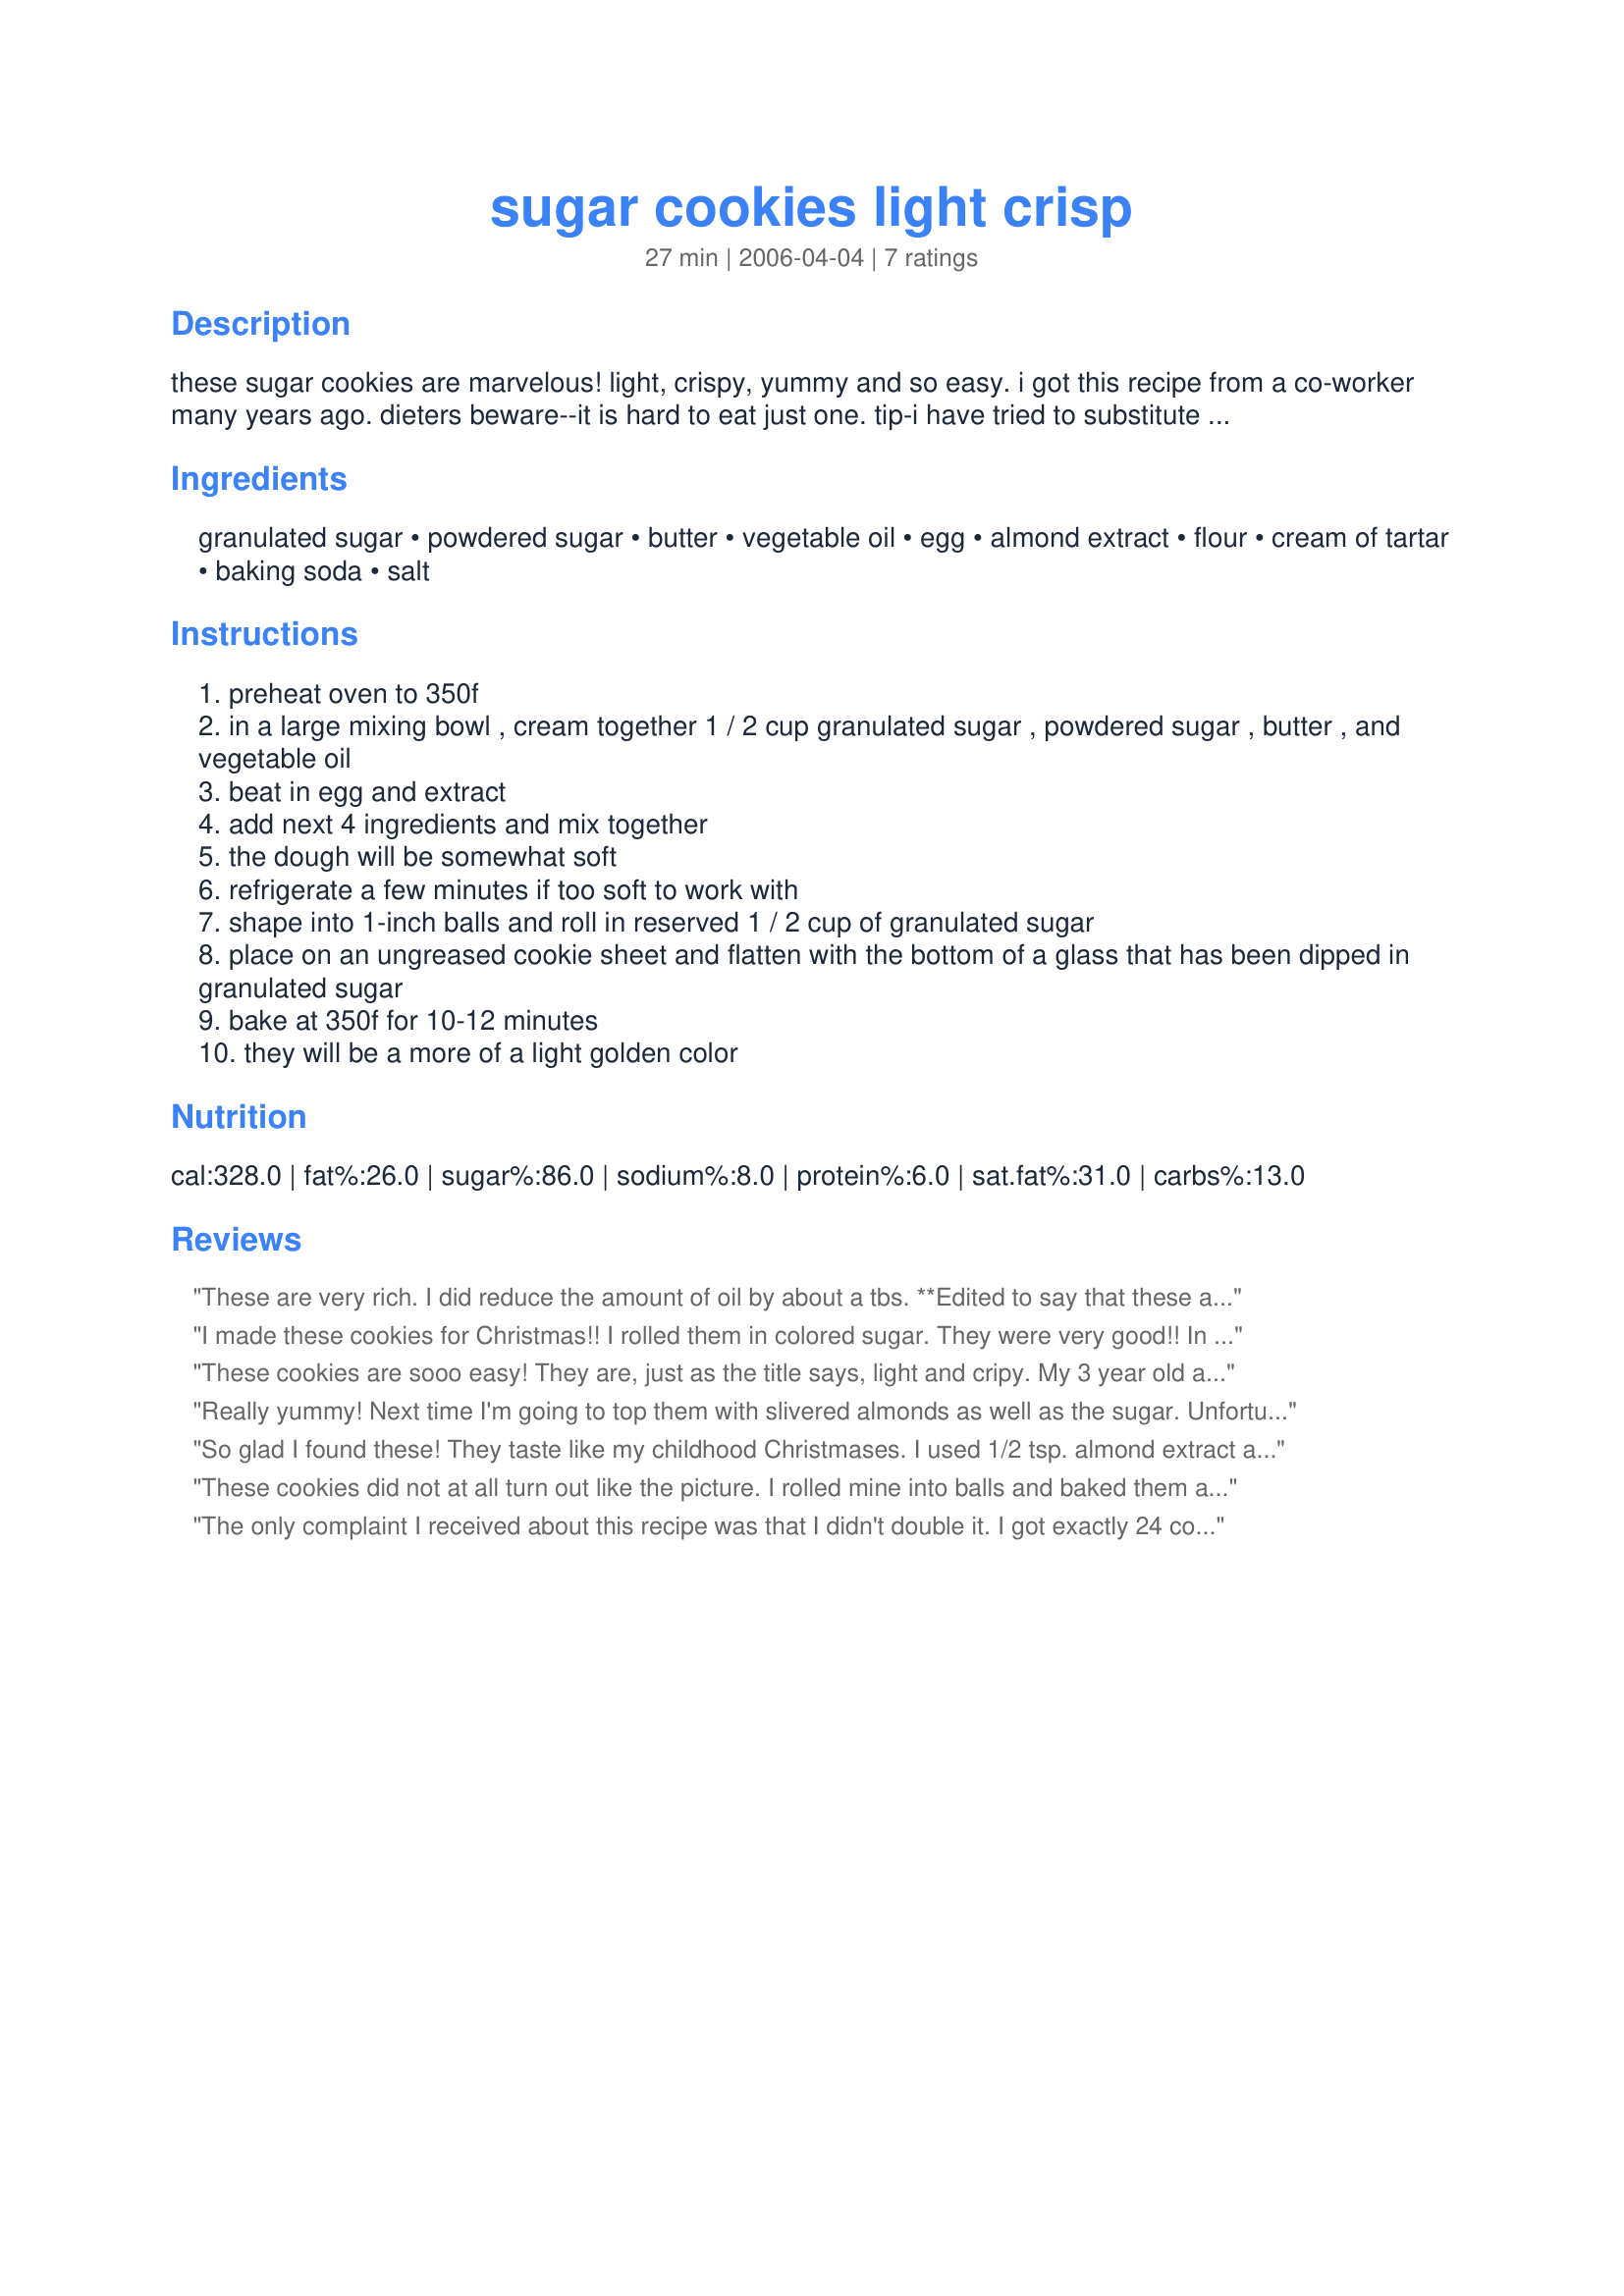
sugar cookies light crisp
Preparation time: 27 minutes

these sugar cookies are marvelous! light, crispy, yummy and so easy. i got this recipe from a co-worker many years ago. dieters beware--it is hard to eat just one.
tip-i have tried to substitute margarine in place of the butter, and the cookies were not as good. i have also used colored sugars for dipping the glass into for the holidays and that worked very well.
not recommended for rolled out cookies as the dough is too delicate.

Ingredients:
granulated sugar, powdered sugar, butter, vegetable oil, egg, almond extract, flour, cream of tartar, baking soda, salt

Steps:
preheat oven to 350f
in a large mixing bowl , cream together 1 / 2 cup granulated sugar , powdered sugar , butter , and vegetable oil
beat in egg and extract
add next 4 ingredients and mix together
the dough will be somewhat soft
refrigerate a few minutes if too soft to work with
shape into 1-inch balls and roll in reserved 1 / 2 cup of granulated sugar
place on an ungreased cookie sheet and flatten with the bottom of a glass that has been dipped in granulated sugar
bake at 350f for 10-12 minutes
they will be a more of a light golden color

Reviews:
These are very rich. I did reduce the amount of oil by about a tbs.
**Edited to say that these are best when they have cooled. When they are still warm, the almond extract is a bit overwhelming. I really loved the texture and simplicity of these cookies. Thank you! Made for ZWT5 & Dining Daredevils.
I made these cookies for Christmas!! I rolled them in colored sugar. They were very good!! In fact they were the first to go in my Beauty Shop!! I loved the crisp flavor! I will make them again. Thanks for sharing!!
These cookies are sooo easy! They are, just as the title says, light and cripy. My 3 year old and my 1 year old both loved to help make them and to eat them! I love the almond flavor in them--sets them apart from other sugar cookies. I will definitely make them again.
Really yummy! Next time I'm going to top them with slivered almonds as well as the sugar. Unfortunately my pregnancy only allows me to eat a few of these before I get heartburn. They were still eaten by DH and I within a few days, though.
So glad I found these! They taste like my childhood Christmases. I used 1/2 tsp. almond extract and 1/2 tsp. butter extract and followed all directions for rolling and baking as written, using 1 Tbsp. dough per cookie.
These cookies did not at all turn out like the picture. I rolled mine into balls and baked them at 340 degrees for about 15 minutes and they came out perfect. The looked like little puff balls. They taste more like almond that sugar because of the almond extract. Maybe next time I&#039;ll try putting crushed almonds in the batter.
The only complaint I received about this recipe was that I didn't double it. I got exactly 24 cookies from the recipe, divided between the five of us. They were all gone in just a few minutes! I can't wait to make these again (doubling the recipe of course!). Thanks for sharing the recipe.
